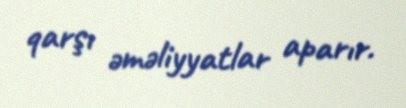
qarşı əməliyyatlar aparır.